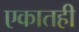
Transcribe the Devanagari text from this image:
एकातही